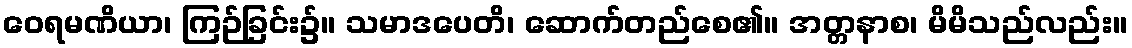
ဝေရမဏိယာ၊ ကြဉ်ခြင်း၌။ သမာဒပေတိ၊ ဆောက်တည်စေ၏။ အတ္တနာစ၊ မိမိသည်လည်း။